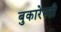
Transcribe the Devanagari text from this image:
बुकारेस्ती